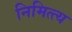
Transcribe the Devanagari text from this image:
निमित्त्य